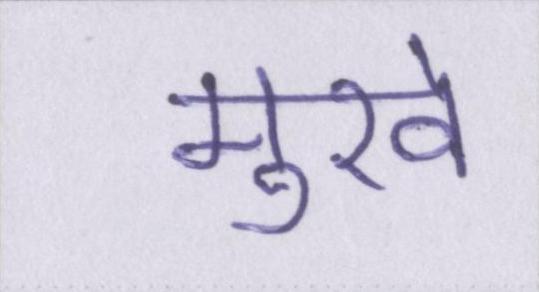
मुखे